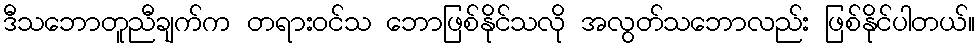
ဒီသဘောတူညီချက်က တရားဝင်သ ဘောဖြစ်နိုင်သလို အလွတ်သဘောလည်း ဖြစ်နိုင်ပါတယ်။